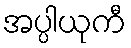
အပ္ပါယုကီ